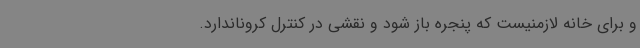
و برای خانه لازمنیست که پنجره باز شود و نقشی در کنترل کروناندارد.